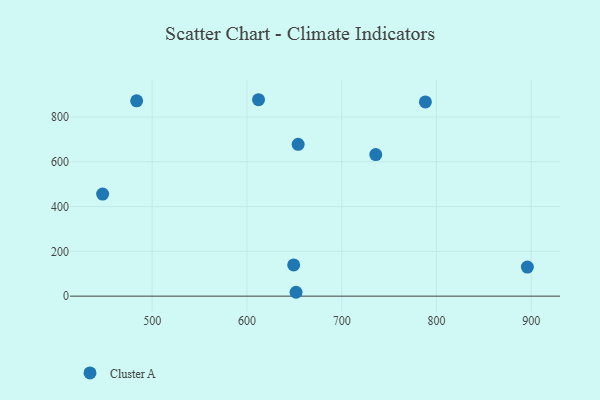
{"axis": {"x": "Experience", "y": "Demand"}, "legend": ["Cluster A"], "data": [{"x": "895.9", "y": 130.0, "type": "Cluster A"}, {"x": "788.3", "y": 867.6, "type": "Cluster A"}, {"x": "447.7", "y": 456.0, "type": "Cluster A"}, {"x": "654.0", "y": 678.1, "type": "Cluster A"}, {"x": "612.2", "y": 877.3, "type": "Cluster A"}, {"x": "483.6", "y": 872.2, "type": "Cluster A"}, {"x": "649.3", "y": 139.3, "type": "Cluster A"}, {"x": "735.9", "y": 632.1, "type": "Cluster A"}, {"x": "651.8", "y": 17.3, "type": "Cluster A"}]}